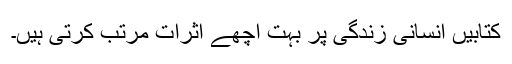
کتابیں انسانی زندگی پر بہت اچھے اثرات مرتب کرتی ہیں۔